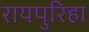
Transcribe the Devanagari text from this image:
रायपुरिहा